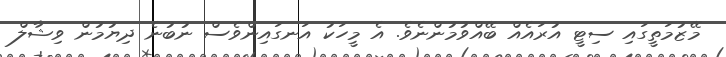
މޭޒުމަތީގައި ސިޓީ އުރައެއް ބޭއްވުމުންނެވެ. އެ މީހަކު އަނގައިންވެސް ނުބުނެ ދިޔުމުން ވިޝާލް